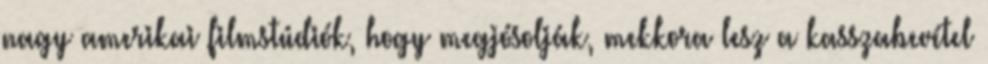
nagy amerikai filmstúdiók, hogy megjósolják, mekkora lesz a kasszabevétel